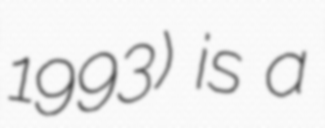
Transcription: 1993) is a